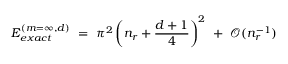
E _ { e x a c t } ^ { ( m = \infty , d ) } \ = \ \pi ^ { 2 } \left( n _ { r } + \frac { d + 1 } { 4 } \right) ^ { 2 } \ + \ \mathcal { O } ( n _ { r } ^ { - 1 } )